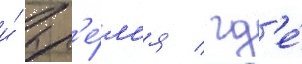
и́ вр'е́м'я / гд'е́